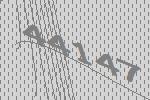
44147